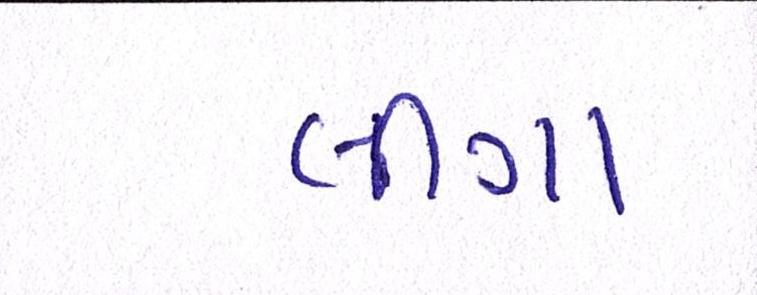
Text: લીગા